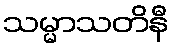
သမ္မာသတိနီ